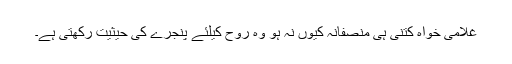
غلامی خواہ کتنی ہی منصفانہ کیوں نہ ہو وہ روح کیلئے پنجرے کی حیثیت رکھتی ہے۔